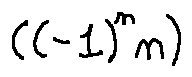
( ( - 1 ) ^ { n } n )